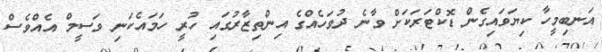
އަނބިމީހާ ކިޔަވައިގެން ޑޮކްޓަރަކަށް ވާނެ ދުވަހެއްގެ އިންތިޒާރުގައި ހުރީ ހަމައެކަނި ވަސީމް އެއްވެސް